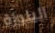
البلوزة